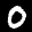
Label: 0